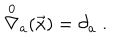
\stackrel { 0 } { \nabla } _ { a } ( \vec { x } ) = \partial _ { a } \; .